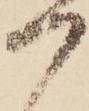
つ